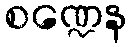
စဏ္ဍေန